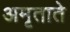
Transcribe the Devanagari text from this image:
अमृताते